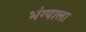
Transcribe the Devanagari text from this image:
भंग्याला